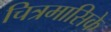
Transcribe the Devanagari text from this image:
चित्रमासिके